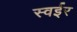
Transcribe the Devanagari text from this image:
स्वईर